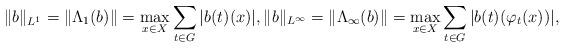
LaTeX: \begin{align*} \|b\|_{L^1}=\|\Lambda_1(b)\|=\max_{x\in X} \sum_{t\in G}|b(t)(x)|, \|b\|_{L^\infty}=\|\Lambda_{\infty}(b)\|=\max_{x\in X} \sum_{t\in G}|b(t)(\varphi_{t}(x))|,\end{align*}